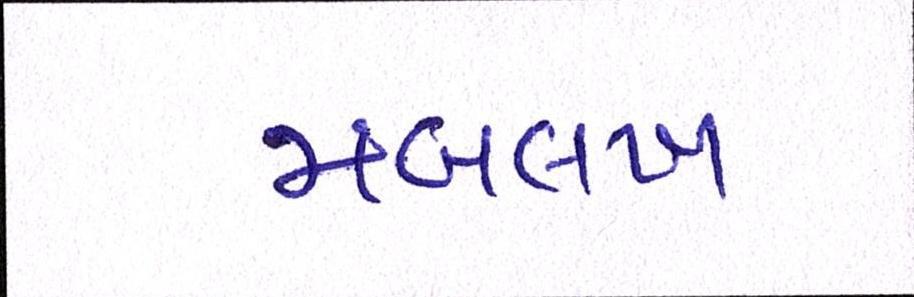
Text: મબલખ